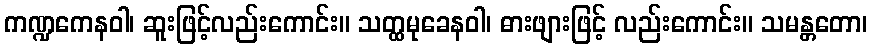
ကဏ္ဍကေနဝါ၊ ဆူးဖြင့်လည်းကောင်း။ သတ္ထမုခေနဝါ၊ ဓားဖျားဖြင့် လည်းကောင်း။ သမန္တတော၊